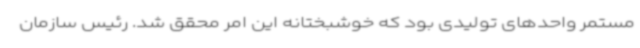
مستمر واحدهای تولیدی بود که خوشبختانه این امر محقق شد. رئیس سازمان